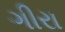
ગીરા